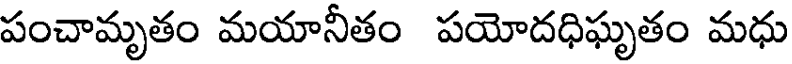
పంచామృతం మయానీతం పయోదధిఘృతం మధు